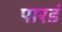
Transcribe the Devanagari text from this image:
पारडं